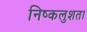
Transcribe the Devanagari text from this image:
निष्कलुशता